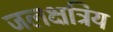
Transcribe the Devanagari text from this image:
जलक्षत्रिय